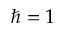
\hbar = 1